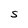
Character: S